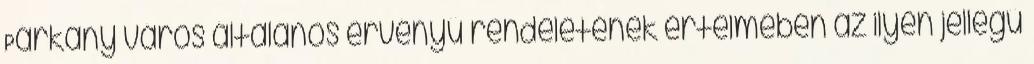
Párkány város általános érvényű rendeletének értelmében az ilyen jellegű